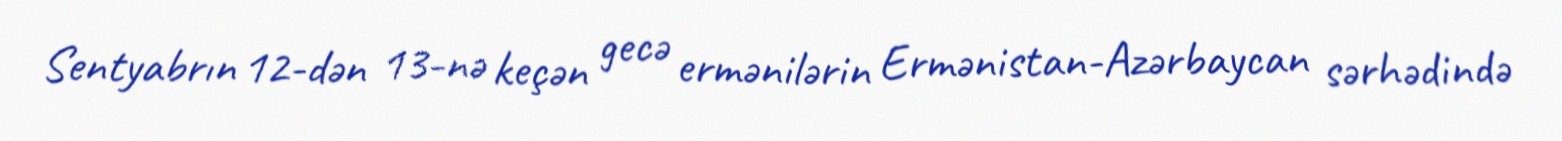
Sentyabrın 12-dən 13-nə keçən gecə ermənilərin Ermənistan-Azərbaycan sərhədində